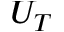
U _ { T }